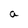
Character: a